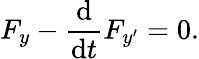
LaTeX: F_{y}-{\frac{\mathrm{d}}{\mathrm{d}t}}F_{y^{\prime}}=0.